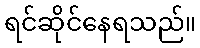
ရင်ဆိုင်နေရသည်။